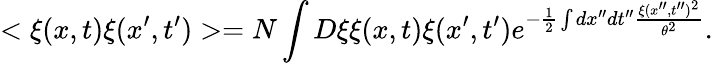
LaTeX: <\xi(x,t)\xi(x^{\prime},t^{\prime})>=N\int D\xi\xi(x,t)\xi(x^{\prime},t^{\prime})e^{-\frac{1}{2}\int dx^{\prime\prime}dt^{\prime\prime}\frac{\xi(x^{\prime\prime},t^{\prime\prime})^{2}}{\theta^{2}}}.